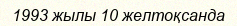
1993 жылы 10 желтоқсанда